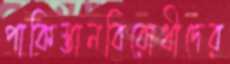
পাকিস্তানবিরোধীদের